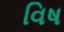
વિષ